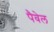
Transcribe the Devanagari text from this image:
पैवेल